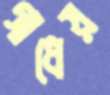
গাধেয়